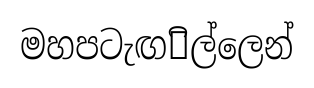
මහපටැඟ෾ිල්ලෙන්